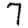
Digit: 7